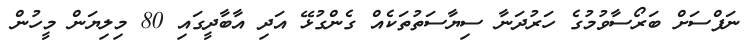
ނަފްސަށް ބަރޯސާވުމުގެ ހަރުދަނާ ސިޔާސަތުތަކެއް ގެންގުޅޭ އަދި އާބާދީގައި 80 މިލިޔަން މީހުން